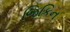
જિકિન